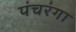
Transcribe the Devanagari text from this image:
पंचरंगा